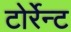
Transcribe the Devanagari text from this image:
टोर्रेन्ट